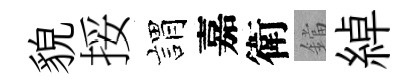
貌挼娟嘉衛鐺綽